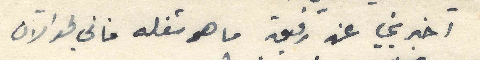
اخبريني عن رفيق ما هو شغله فاني لحد الآن